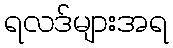
ရလဒ်များအရ